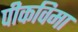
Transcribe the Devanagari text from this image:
पीकविमा